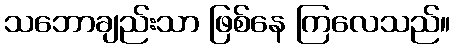
သဘောချည်းသာ ဖြစ်နေ ကြလေသည်။